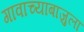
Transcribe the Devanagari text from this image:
गावाच्याबाजुला